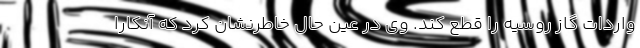
واردات گاز روسیه را قطع کند. وی در عین حال خاطرنشان کرد که آنکارا